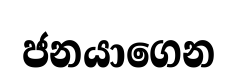
ජනයාගෙන